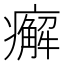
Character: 㿍